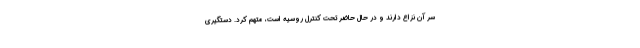
سر آن نزاع دارند و در حال حاضر تحت کنترل روسیه است، متهم کرد. دستگیری